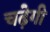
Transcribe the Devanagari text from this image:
चढ़ेगी